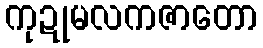
ကုဍုမလကဇာတော